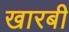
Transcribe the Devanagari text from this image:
खारबी